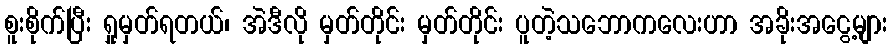
စူးစိုက်ပြီး ရှုမှတ်ရတယ်၊ အဲဒီလို မှတ်တိုင်း မှတ်တိုင်း ပူတဲ့သဘောကလေးဟာ အခိုးအငွေ့များ